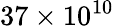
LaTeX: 37\times 10^{10}